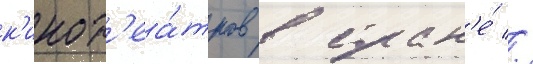
к'инот'еа́тров в стран'е́ //